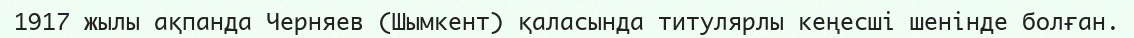
1917 жылы ақпанда Черняев (Шымкент) қаласында титулярлы кеңесші шенінде болған.